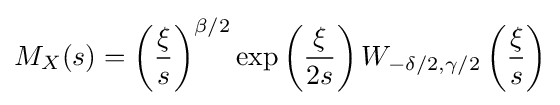
M_{X}(s)=\left({\frac {\xi }{s}}\right)^{\beta /2}\exp \left({\frac {\xi }{2s}}\right)W_{-\delta /2,\gamma /2}\left({\frac {\xi }{s}}\right)